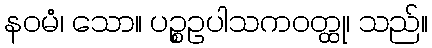
နဝမံ၊ သော။ ပဉ္စဥပါသကဝတ္ထု၊ သည်။